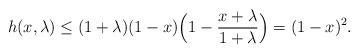
LaTeX: \begin{align*}h(x,\lambda)\le (1+\lambda)(1-x)\Bigl(1-\frac{x+\lambda}{1+\lambda}\Bigr)=(1-x)^2.\end{align*}